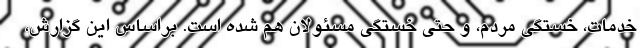
خدمات، خستگی مردم، و حتی خستگی مسئولان هم شده است. براساس این گزارش،